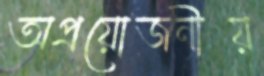
অপ্রয়োজনীয়